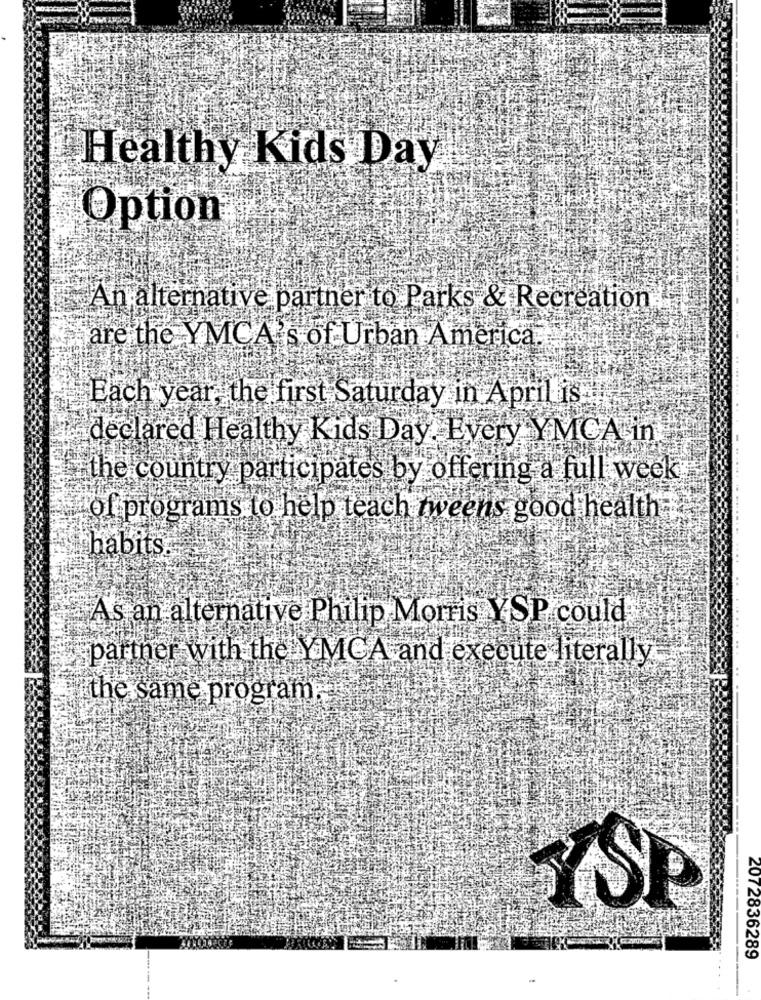
Healthy Kids Day
Option
An alternative partner to Parks & Recreation
are the YMCA's of Urban America.
Each year, the first Saturday in April is
declared Healthy Kids Day. Every YMCA in
the country participates by offering a full week
of programs to help teach tweens good health;
habits
As an alternative Philip Morris YSP could
partner with the YMCA and execute literally
the same program.
YSP
2072836289